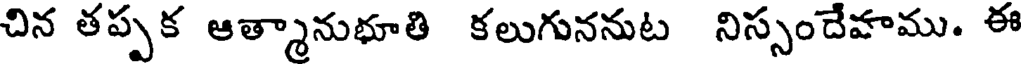
చిన తప్పక ఆత్మానుభూతి కలుగుననుట నిస్సందేవాము. ఈ